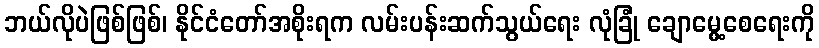
ဘယ်လိုပဲဖြစ်ဖြစ်၊ နိုင်ငံတော်အစိုးရက လမ်းပန်းဆက်သွယ်ရေး လုံခြုံ ချောမွေ့စေရေးကို